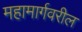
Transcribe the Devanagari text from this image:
महामार्गवरील